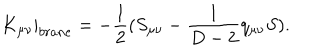
K _ { \mu \nu } | _ { b r a n e } = - \frac { 1 } { 2 } ( S _ { \mu \nu } - \frac { 1 } { D - 2 } q _ { \mu \nu } S ) .